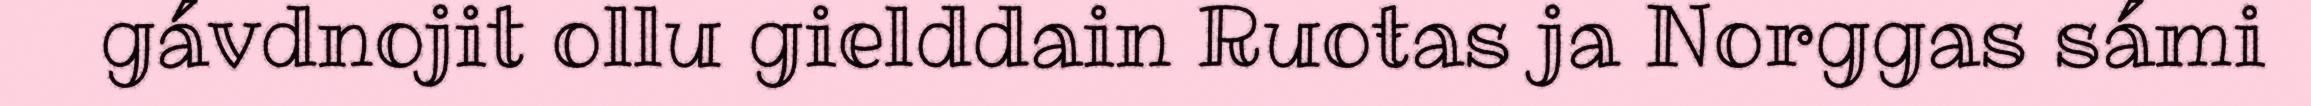
gávdnojit ollu gielddain Ruoŧas ja Norggas sámi